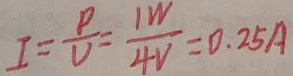
I = \frac { \rho } { V } = \frac { 1 W } { 4 V } = 0 . 2 5 A